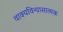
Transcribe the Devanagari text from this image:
वाक्यविन्यासात्मक